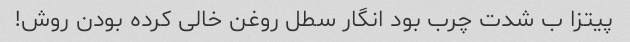
پیتزا ب شدت چرب بود انگار سطل روغن خالی کرده بودن روش!